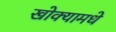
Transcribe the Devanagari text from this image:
खोक्यामधे